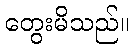
တွေးမိသည်။